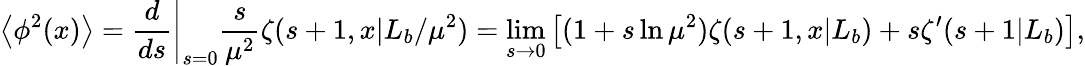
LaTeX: \left<\phi^{2}(x)\right>=\left.{\frac{d}{ds}}\right|_{s=0}{\frac{s}{\mu^{2}}}\zeta(s+1,x|L_{b}/\mu^{2})=\operatorname*{lim}_{s\rightarrow 0}\left[(1+s\ln\mu^{2})\zeta(s+1,x|L_{b})+s\zeta^{\prime}(s+1|L_{b})\right],